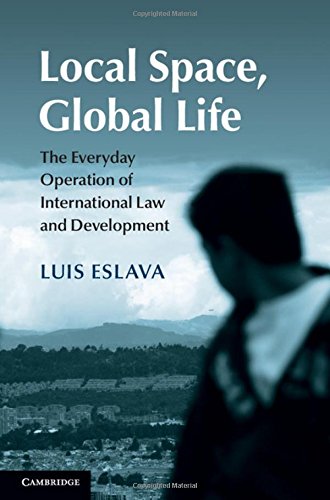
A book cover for Local Space, Global Life: The Everyday Operation of International Law and Development; Luis Eslava; Law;